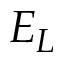
E _ { L }